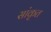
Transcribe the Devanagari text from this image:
सांकृत